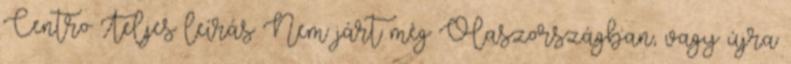
Centro Teljes leírás Nem járt még Olaszországban, vagy újra